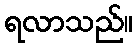
ရလာသည်။